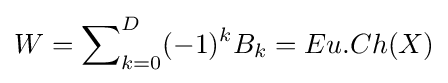
W=\sum \nolimits _{k=0}^{D}(-1)^{k}B_{k}=Eu.Ch(X)